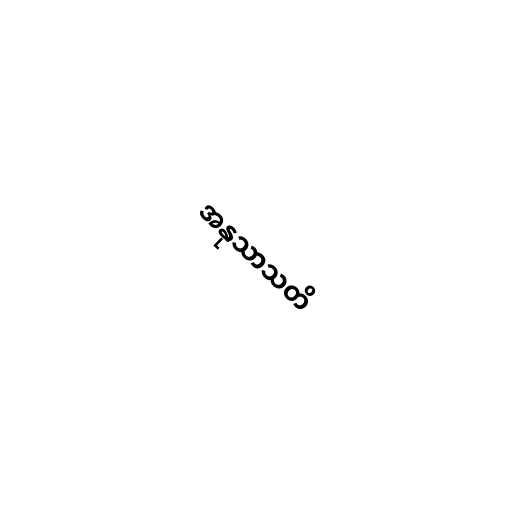
အနုသာသတိ